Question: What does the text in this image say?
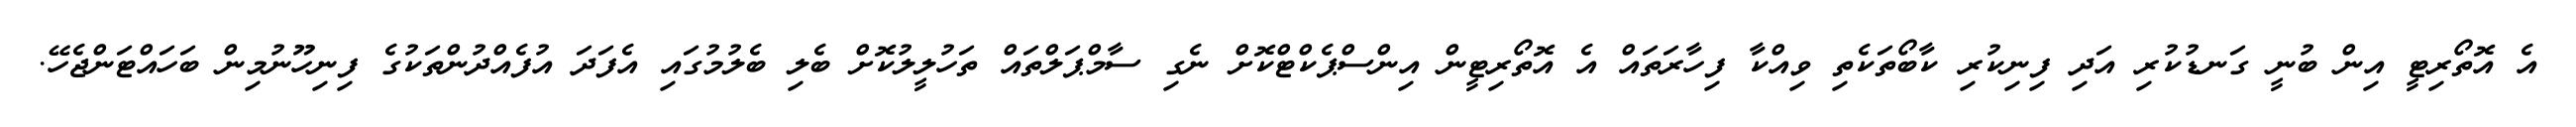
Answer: އެ އޮތޯރިޓީ އިން ބުނީ ގަނޑުކުރި އަދި ފިނިކުރި ކާބޯތަކެތި ވިއްކާ ފިހާރަތައް އެ އޮތޯރިޓީން އިންސްޕެކްޓްކޮށް ނެގި ސާމްޕަލްތައް ތަހުލީލުކޮށް ބެލި ބެލުމުގައި އެފަދަ އުފެއްދުންތަކުގެ ފިނިހޫނުމިން ބަހައްޓަންޖެހޭ.